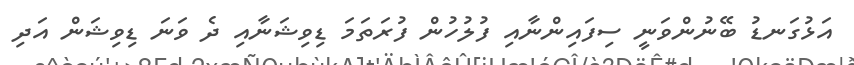
އަޅުގަނޑު ބޭނުންވަނީ ސިފައިންނާއި ފުލުހުން ފުރަތަމަ ޑިވިޝަނާއި ދެ ވަނަ ޑިވިޝަން އަދި